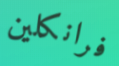
فرانكلين